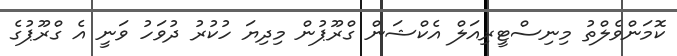
ކޮމަންވެލްތު މިނިސްޓީރިއަލް އެކްޝަން ގްރޫޕުން މިދިޔަ ހުކުރު ދުވަހު ވަނީ އެ ގްރޫޕުގެ